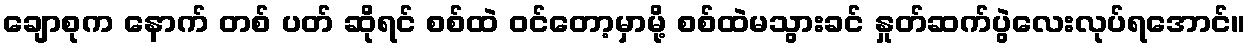
ချောစုက နောက် တစ် ပတ် ဆိုရင် စစ်ထဲ ဝင်တော့မှာမို့ စစ်ထဲမသွားခင် နှုတ်ဆက်ပွဲလေးလုပ်ရအောင်။